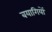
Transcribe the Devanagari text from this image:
बयागियों